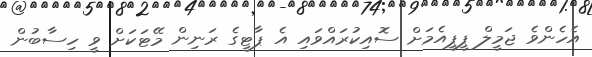
އެހެންވެ ޖަމީލް ޕީޕީއެމަށް ސޮއިކުރައްވައި އެ ޕާޓީގެ ރަނިން މޭޓަކަށް ވީ ހިސާބުން